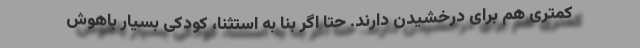
کمتری هم برای درخشیدن دارند. حتا اگر بنا به استثنا، کودکی بسیار باهوش